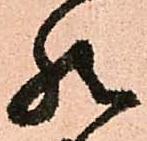
然